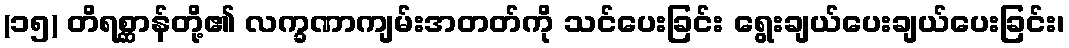
(၁၅) တိရစ္ဆာန်တို့၏ လက္ခဏာကျမ်းအတတ်ကို သင်ပေးခြင်း ရွေးချယ်ပေးချယ်ပေးခြင်း၊